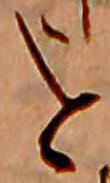
を